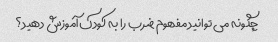
چگونه می توانید مفهوم ضرب را به کودک آموزش دهید؟